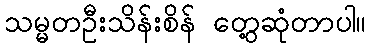
သမ္မတဦးသိန်းစိန် တွေ့ဆုံတာပါ။